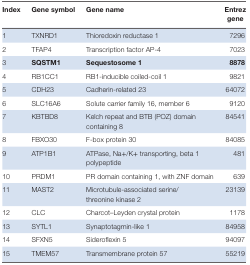
<table><thead><tr><td><b>Index</b></td><td><b>Gene symbol</b></td><td><b>Gene name</b></td><td><b>Entrez gene</b></td></tr></thead><tbody><tr><td>1</td><td>TXNRD1</td><td>Thioredoxin reductase 1</td><td>7296</td></tr><tr><td>2</td><td>TFAP4</td><td>Transcription factor AP-4</td><td>7023</td></tr><tr><td>3</td><td><b>SQSTM1</b></td><td><b>Sequestosome 1</b></td><td><b>8878</b></td></tr><tr><td>4</td><td>RB1CC1</td><td>RB1-inducible coiled-coil 1</td><td>9821</td></tr><tr><td>5</td><td>CDH23</td><td>Cadherin-related 23</td><td>64072</td></tr><tr><td>6</td><td>SLC16A6</td><td>Solute carrier family 16, member 6</td><td>9120</td></tr><tr><td>7</td><td>KBTBD8</td><td>Kelch repeat and BTB (POZ) domain containing 8</td><td>84541</td></tr><tr><td>8</td><td>FBXO30</td><td>F-box protein 30</td><td>84085</td></tr><tr><td>9</td><td>ATP1B1</td><td>ATPase, Na+/K+ transporting, beta 1 polypeptide</td><td>481</td></tr><tr><td>10</td><td>PRDM1</td><td>PR domain containing 1, with ZNF domain</td><td>639</td></tr><tr><td>11</td><td>MAST2</td><td>Microtubule-associated serine/threonine kinase 2</td><td>23139</td></tr><tr><td>12</td><td>CLC</td><td>Charcot–Leyden crystal protein</td><td>1178</td></tr><tr><td>13</td><td>SYTL1</td><td>Synaptotagmin-like 1</td><td>84958</td></tr><tr><td>14</td><td>SFXN5</td><td>Sideroflexin 5</td><td>94097</td></tr><tr><td>15</td><td>TMEM57</td><td>Transmembrane protein 57</td><td>55219</td></tr></tbody></table>